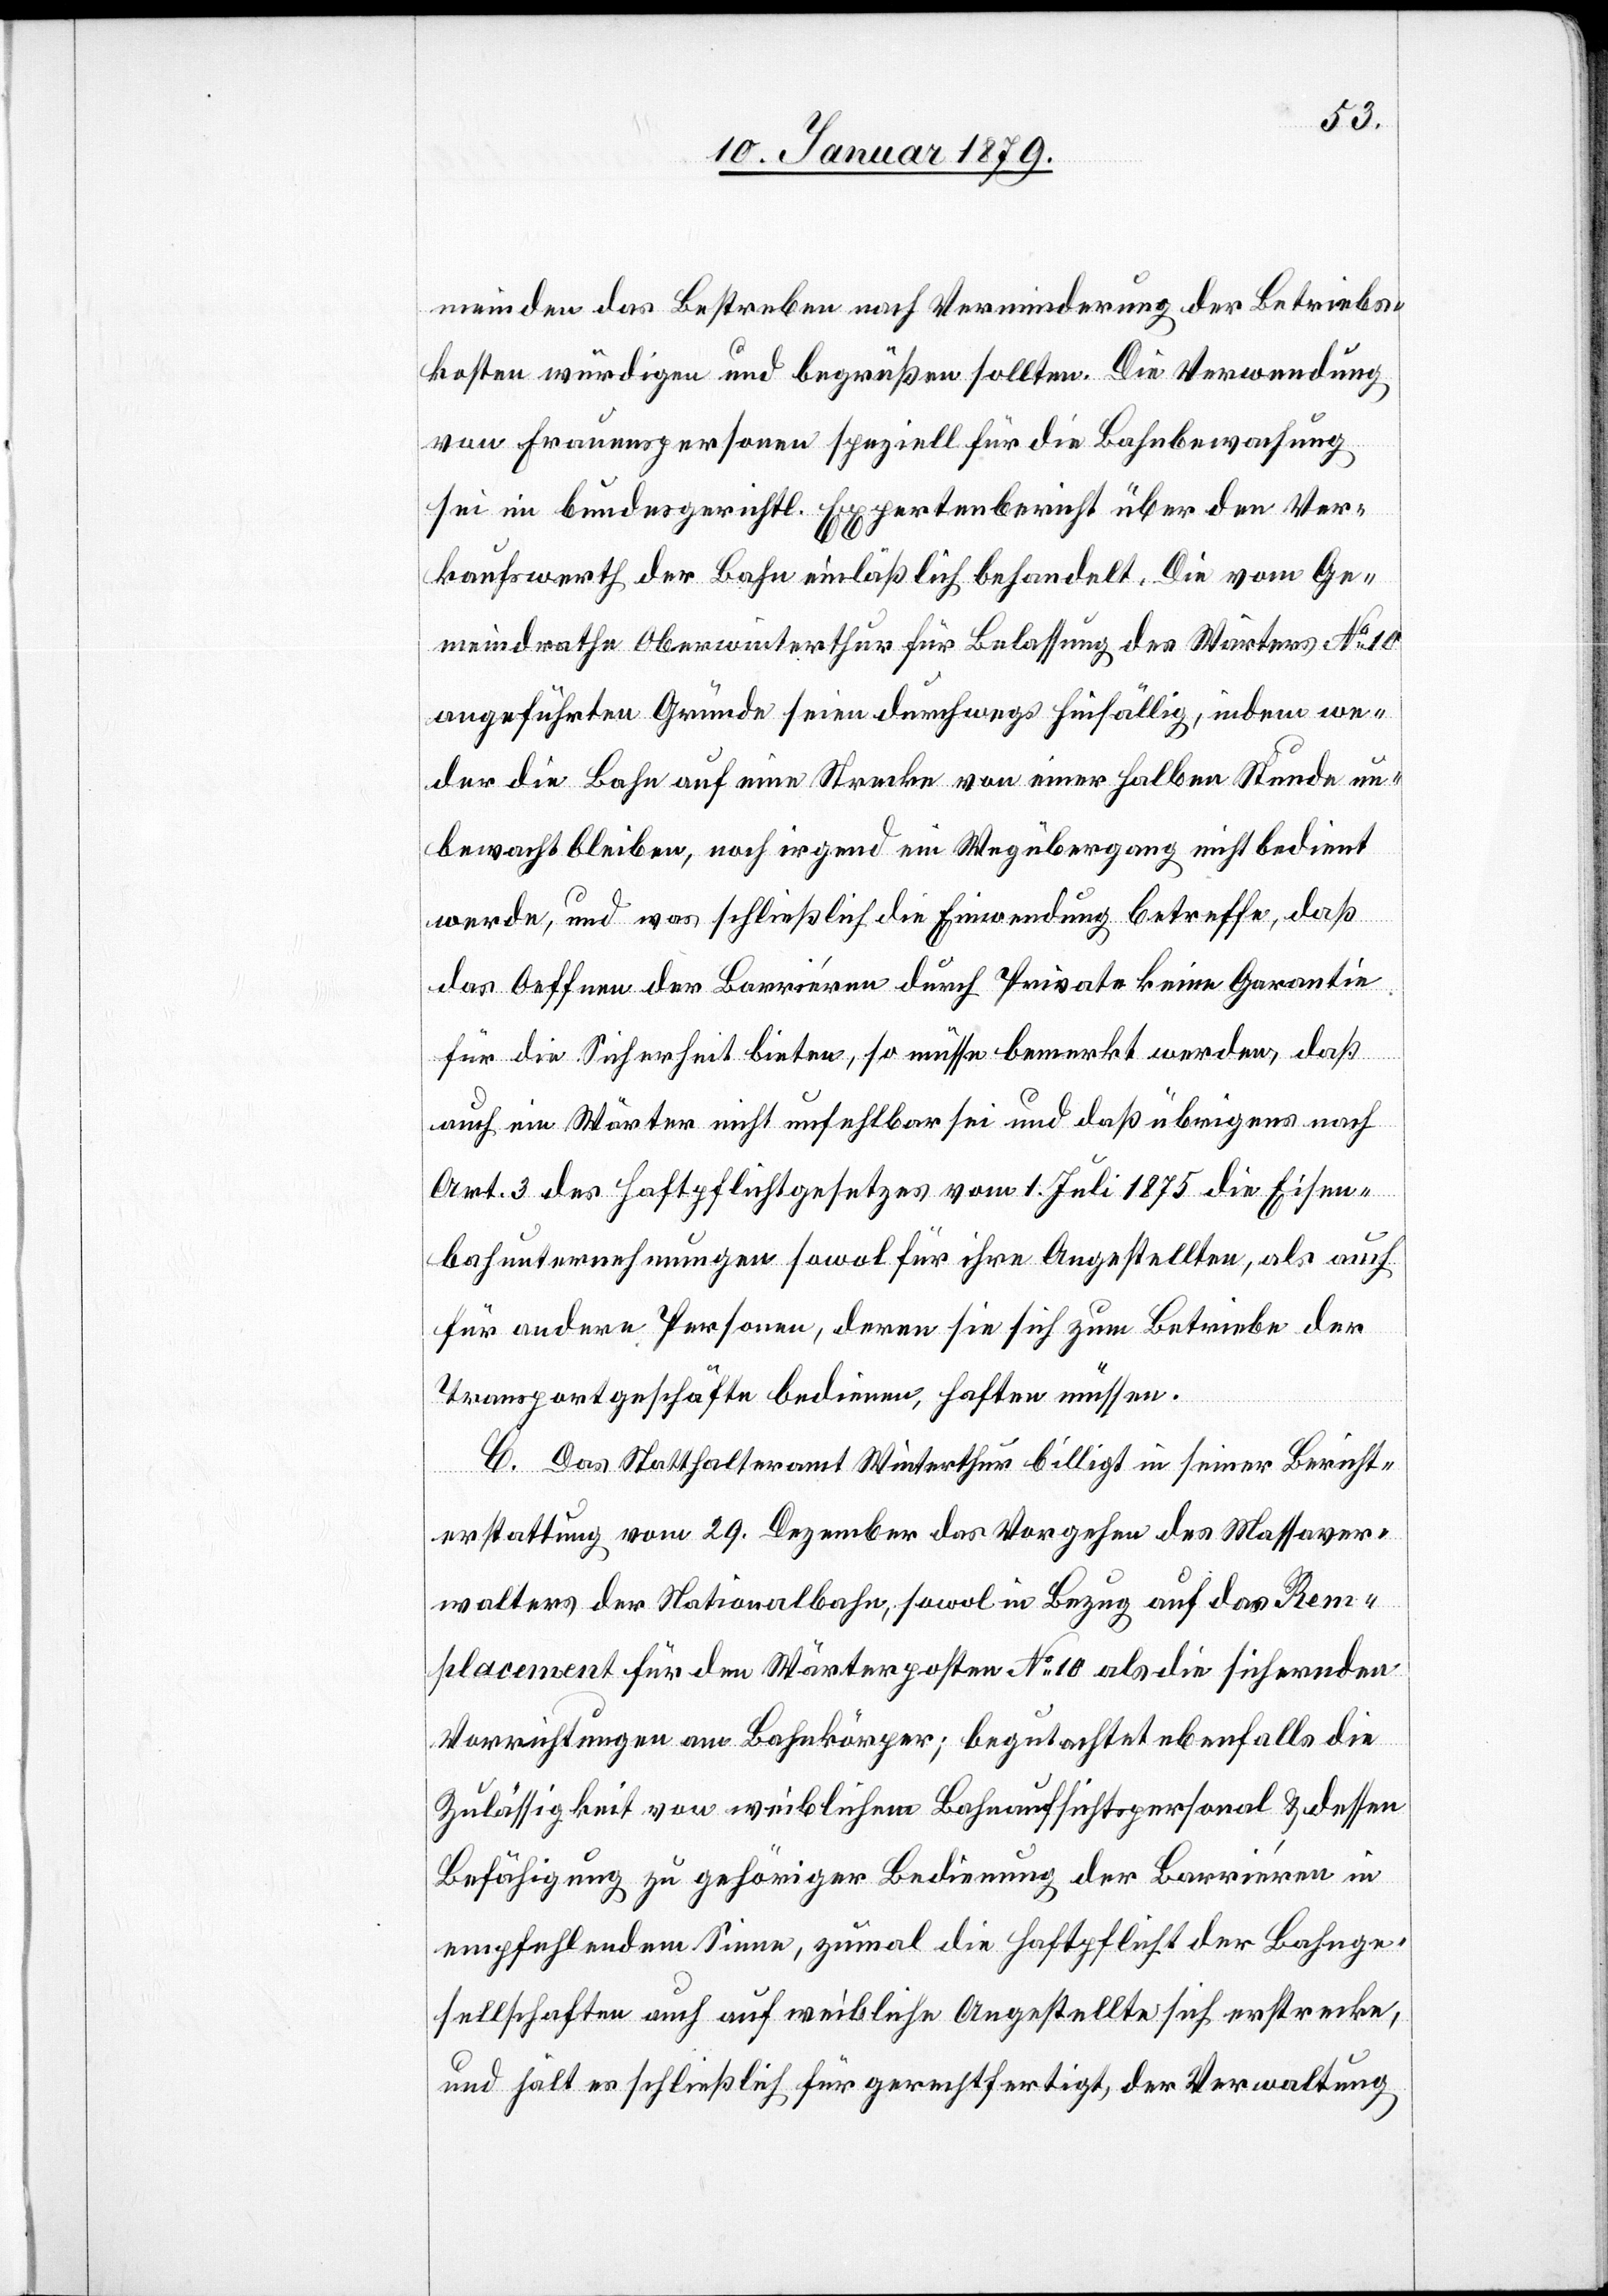
meinden das Bestreben nach Verminderung der Betriebs¬
kosten würdigen und begrüßen sollten. Die Verwendung
von Frauenspersonen speziell für die Bahnbewachung
sei im bundesgerichtl. Expertenbericht über den Ver¬
kaufswerth der Bahn einläßlich behandelt. Die vom Ge¬
meindrathe Oberwinterthur für Belassung des Wärters No 10
angeführten Gründe seien durchwegs hinfällig, indem we¬
der die Bahn auf einer Strecke von einer halben Stunde un¬
bewacht bleiben [sic!], noch irgend ein Wegübergang nicht bedient
werde, und was schließlich die Einwendung betreffe, daß
das Oeffnen der Barriéren durch Private keine Garantie
für die Sicherheit bieten [sic!], so müsse bemerkt werden, daß
auch ein Wärter nicht unfehlbar sei und daß übrigens nach
Art. 3 des Haftpflichtgesetzes vom 1. Juli 1875 die Eisen¬
bahnunternehmungen sowol für ihre Angestellten, als auch
für andere Personen, deren sich sich zum Betriebe der
Transportgeschäfte bedienen, haften müssen.
C. Das Statthalteramt Winterthur billigt in seiner Bericht¬
erstattung vom 29. Dezember das Vorgehen des Massaver¬
walters der Nationalbahn, sowol in Bezug auf das Rem¬
placement für den Wärterposten No 10 als die sichernden
Vorrichtungen am Bahnkörper; begutachtet ebenfalls die
Zulässigkeit von weiblichem Bahnaufsichtspersonal & dessen
Befähigung zu gehöriger Bedienung der Barriéren in
empfehlendem Sinne, zumal die Haftpflicht der Bahnge¬
sellschaften auch auf weibliche Angestellte sich erstrecke,
und hält es schließlich für gerechtfertigt, der Verwaltung